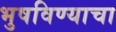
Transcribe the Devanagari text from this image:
भुषविण्याचा